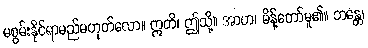
မစွမ်းနိုင်ရာမည်မဟုတ်လော။ ဣတိ၊ ဤသို့။ အာဟ၊ မိန့်တော်မူ၏။ ဘန္တေ၊